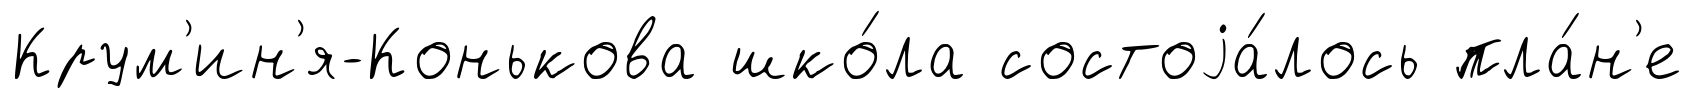
Крум'ин'я-Конькова шко́ла состоjа́лось пла́н'е